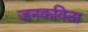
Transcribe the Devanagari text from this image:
जनकविता